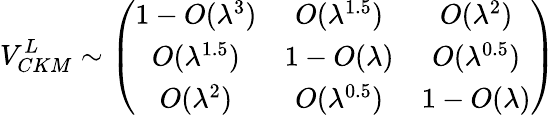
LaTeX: V_{CKM}^{L}\sim\left(\begin{array}{ccc}{{1-O(\lambda^{3})}}&{{O(\lambda^{1.5})}}&{{O(\lambda^{2})}}\\ {{O(\lambda^{1.5})}}&{{1-O(\lambda)}}&{{O(\lambda^{0.5})}}\\ {{O(\lambda^{2})}}&{{O(\lambda^{0.5})}}&{{1-O(\lambda)}}\end{array}\right)